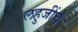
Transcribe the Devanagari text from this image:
लहुजींचे